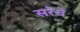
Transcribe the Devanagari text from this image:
सरेचे